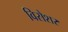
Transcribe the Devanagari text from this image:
विसेशर